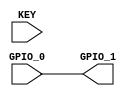
module signaltester (KEY, GPIO_0, GPIO_1);
    input [1:0] KEY;
    input [35:0] GPIO_0;
    output [35:0] GPIO_1;

    /*always @(*)
        if (!KEY[0]) begin
            GPIO_1[7:0] <= 8'b00000000;
        end
        else if (GPIO_0[0] == 1'b1)begin
            
        end*/

    assign GPIO_1 = GPIO_0;

endmodule